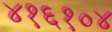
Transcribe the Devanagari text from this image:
४१६१०४